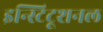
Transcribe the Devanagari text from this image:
इन्स्टिटूशनल